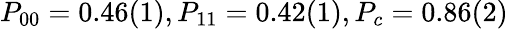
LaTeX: P_{00}=0.46(1),P_{11}=0.42(1),P_{c}=0.86(2)